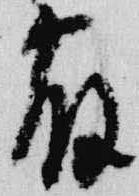
宿